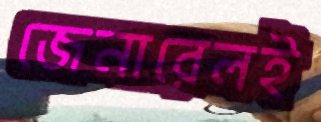
জেনারেলই